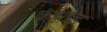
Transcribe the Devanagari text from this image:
कथोड